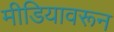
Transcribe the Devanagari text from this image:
मीडियावरून